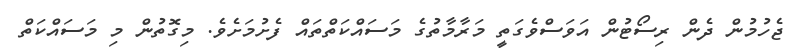
ޖެހުމުން ދެން ރިސޯޓުން އަވަސްވެގަތީ މަރާމާތުގެ މަސައްކަތްތައް ފެށުމަށެވެ. މިގޮތުން މި މަސައްކަތް